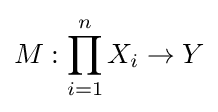
M:\prod _{i=1}^{n}X_{i}\to Y